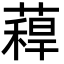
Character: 𮑉